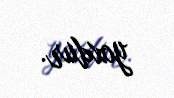
yoxdur.